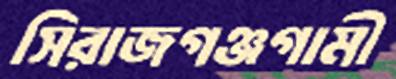
সিরাজগঞ্জগামী